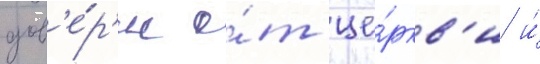
дов'е́р'ие о́т це́ркв'и и́